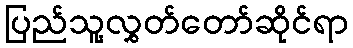
ပြည်သူ့လွှတ်တော်ဆိုင်ရာ